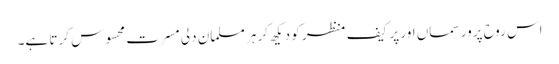
اس روح پرور سماں اور پر کیف منظر کو دیکھ کر ہر مسلمان دلی مسرت محسوس کرتا ہے۔